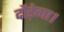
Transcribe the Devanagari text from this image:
दौड़ेगा।